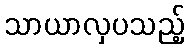
သာယာလှပသည့်